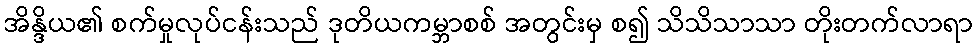
အိန္ဒိယ၏ စက်မှုလုပ်ငန်းသည် ဒုတိယကမ္ဘာစစ် အတွင်းမှ စ၍ သိသိသာသာ တိုးတက်လာရာ